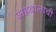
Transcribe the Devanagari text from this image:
अहवालाची